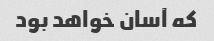
که آسان خواهد بود